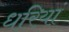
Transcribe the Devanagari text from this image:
धरियां